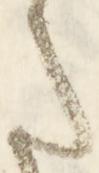
た